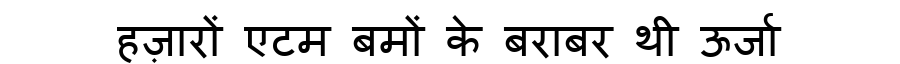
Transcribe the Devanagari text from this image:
हज़ारों एटम बमों के बराबर थी ऊर्जा